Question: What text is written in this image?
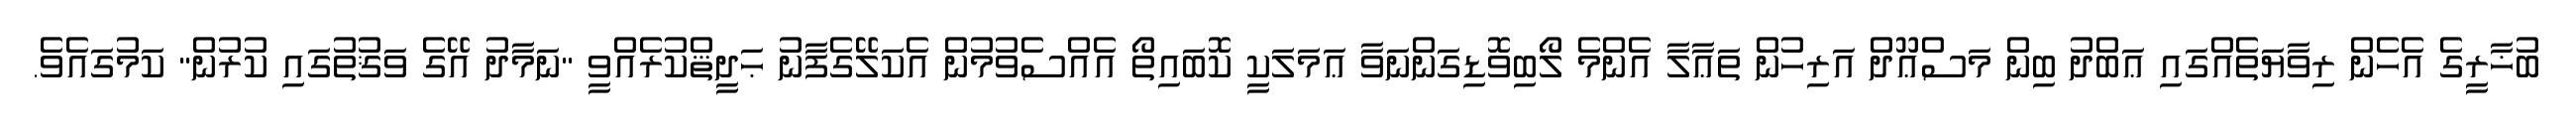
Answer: ބުޚާރީގެ އެހެން ރިވާޔަތެއްގައި ޢަބްދު ބިން މަސްޢޫދް އަރިހުން ތަޢާލާ އެންމެ ލޯބިވޮޑިގަންނަވާ ޢަމަލަކީ ކޮބައިތޯ އެއްސެވުމުން އެކަލޭގެފާނު ޙަދީޘްކުރެއްވީ "ނަމާދު އޭގެ ވަޤުތުގައި ކުރުން" ކަމުގައެވެ.